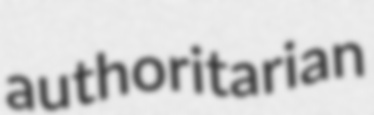
authoritarian